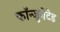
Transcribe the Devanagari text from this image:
कॉन्जुगेटेड